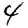
Digit: 4